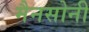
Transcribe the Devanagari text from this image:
मैनसोनी